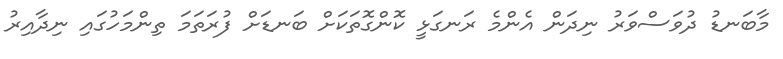
މާބަނޑު ދުވަސްވަރު ނިދަން އެންމެ ރަނގަޅީ ކޮންގޮތަކަށް ބަނޑަށް ފުރަތަމަ ތިންމަހުގައި ނިދާއިރު